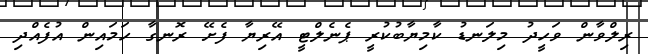
ރިލްވާން ވަހީދު މިލަނޑު ކާމިޔާބުކުރީ ޕެނެލްޓީ އޭރިޔާ ފެށޭ ރޮނގާ ހަމައިން އުފެއްދި